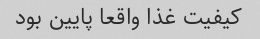
کیفیت غذا واقعا پایین بود